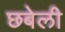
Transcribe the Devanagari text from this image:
छबेली